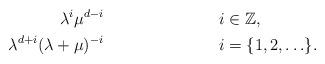
LaTeX: \begin{align*}\lambda^i\mu^{d-i}& & i&\in \mathbb{Z}, \\\lambda^{d+i}(\lambda+\mu)^{-i}& & i&=\{1,2,\ldots\}.\end{align*}